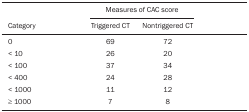
|  | <COLSPAN=2> Measures of CAC score |
 | Category | Triggered CT | Nontriggered CT |
 | --- | --- | --- |
 | 0 | 69 | 72 |
 | < 10 | 26 | 20 |
 | < 100 | 37 | 34 |
 | < 400 | 24 | 28 |
 | < 1000 | 11 | 12 |
 | ≥ 1000 | 7 | 8 |